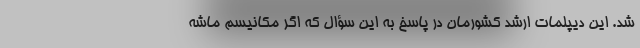
شد. این دیپلمات ارشد کشورمان در پاسخ به این سؤال که اگر مکانیسم ماشه